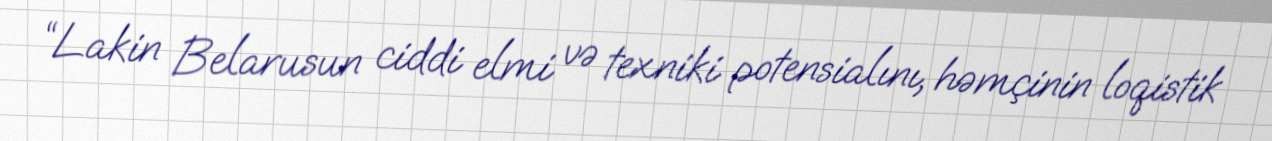
“Lakin Belarusun ciddi elmi və texniki potensialını, həmçinin loqistik